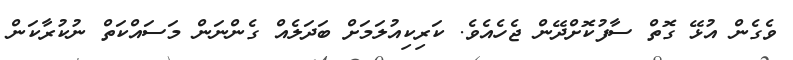
ވެގެން އުޅޭ ގޮތް ސާފުކޮށްދޭން ޖެހެއެވެ. ކަރިކިއުލަމަށް ބަދަލެއް ގެންނަން މަސައްކަތް ނުކުރާކަން